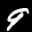
Label: 9